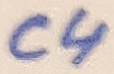
Text: C4